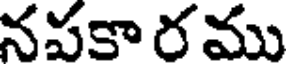
నపకా రము